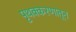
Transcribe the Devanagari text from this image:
पृथक्करणातून